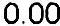
0.00